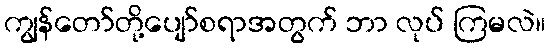
ကျွန်တော်တို့ပျော်စရာအတွက် ဘာ လုပ် ကြမလဲ။